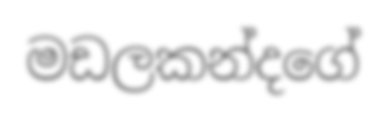
මඩලකන්දගේ